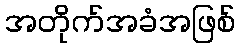
အတိုက်အခံအဖြစ်